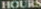
HOURS